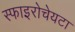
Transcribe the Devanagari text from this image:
स्फाइरोचेयटा